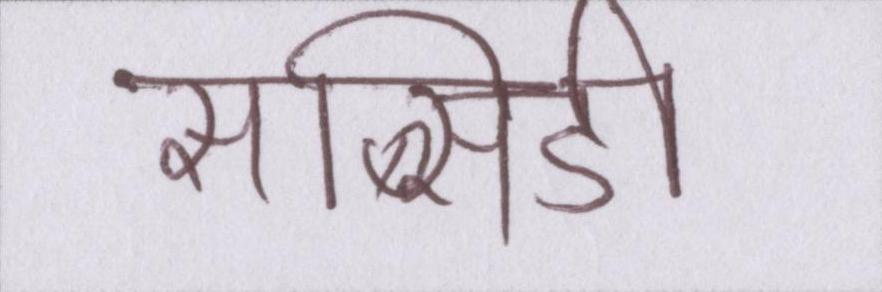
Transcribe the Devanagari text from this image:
सब्सिडी